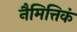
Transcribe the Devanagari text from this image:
नैमित्तिकं